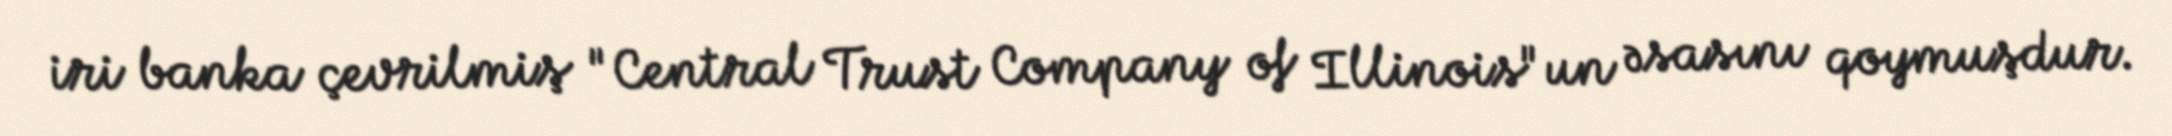
iri banka çevrilmiş "Central Trust Company of Illinois"un əsasını qoymuşdur.